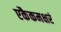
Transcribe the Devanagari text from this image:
एकैकमक्षरं